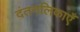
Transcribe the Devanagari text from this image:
दंतनलिकाएँ